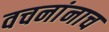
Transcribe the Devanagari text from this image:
वचनांनाच